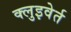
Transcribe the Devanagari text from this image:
क्लुइवेर्त